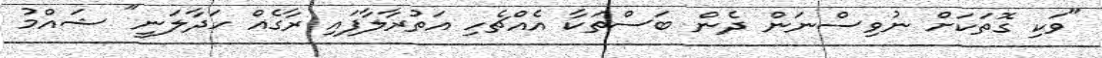
"ވަކި ގޮތަކަށް ނުވިސްނަން ދެން ބަސްތަކާ އެއްޗެހި އަތުރާލާފައި ރާގެއް ހަދާލަނީ" ޝައްމު